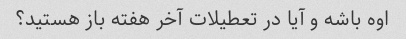
اوه باشه و آیا در تعطیلات آخر هفته باز هستید؟